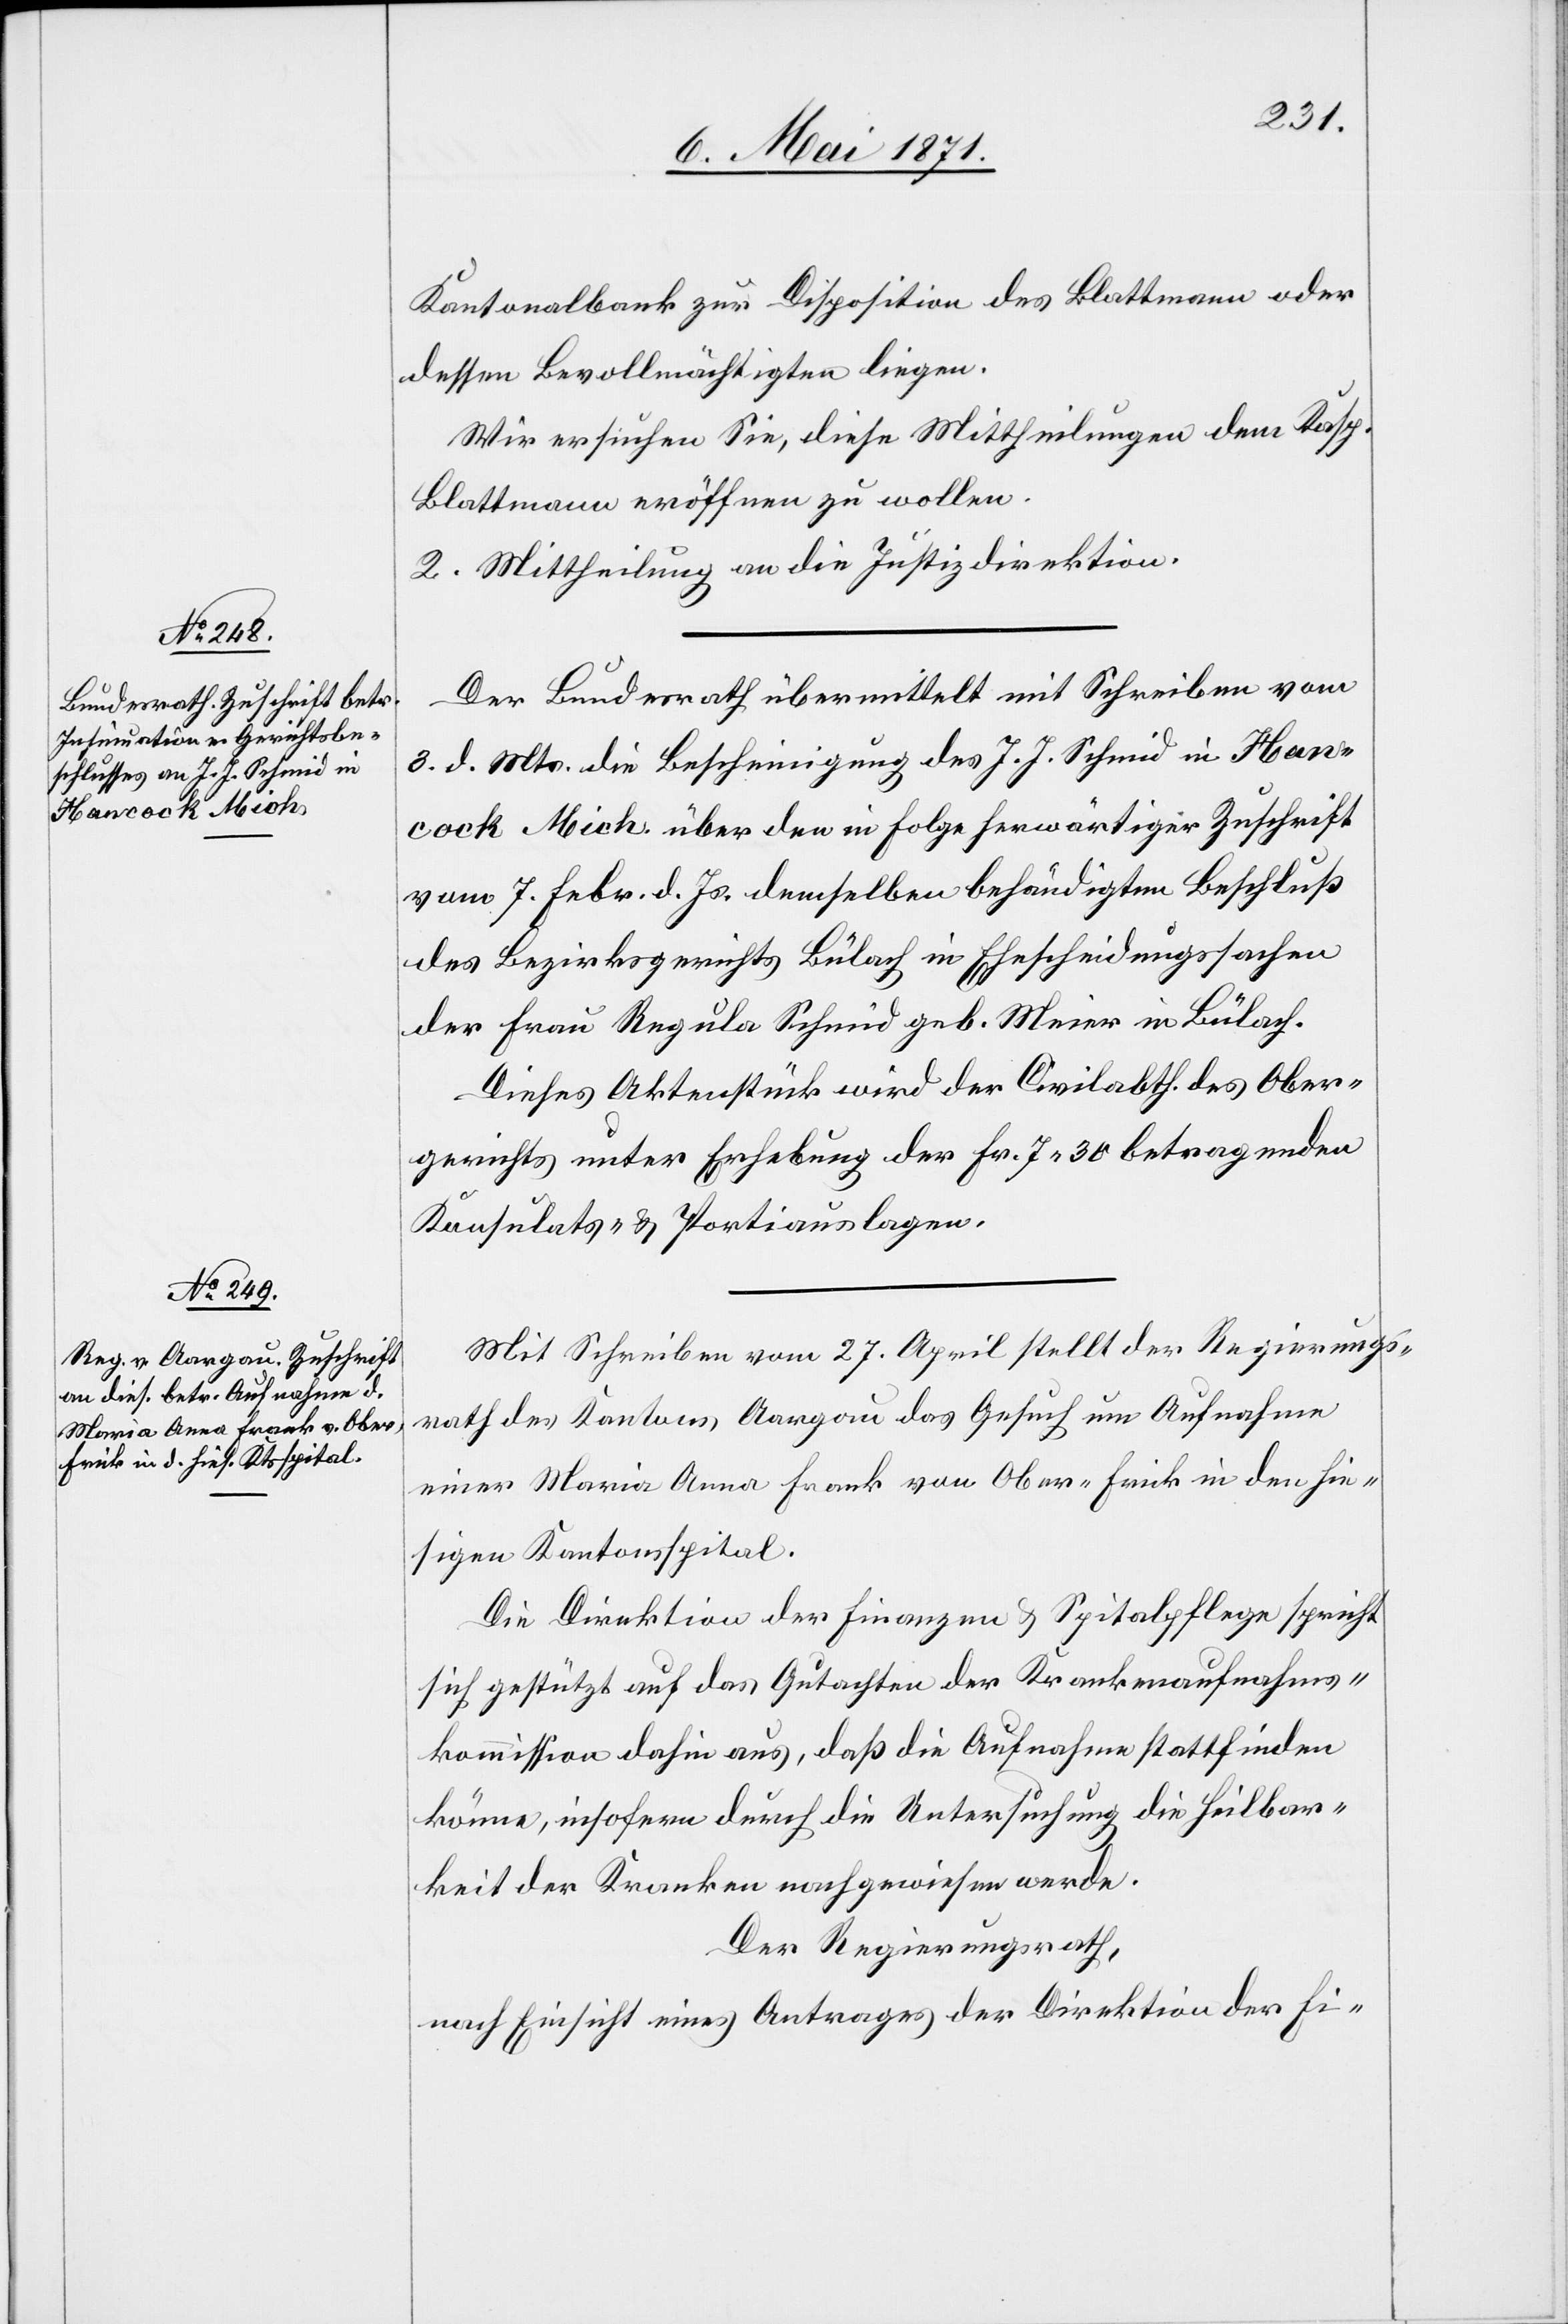
6. Mai 1871.]
Kantonalbank zur Disposition des Blattmann oder
dessen Bevollmächtigten liegen.
Wir ersuchen Sie, diese Mittheilungen dem Kasp.
Blattmann eröffnen zu wollen.
2. Mittheilung an die Justizdirektion.
Der Bundesrath übermittelt mit Schreiben vom
3. d. Mts. die Bescheinigung des J. J. Schmid in Han¬
cock Mich. über den in Folge herwärtiger Zuschrift
vom 7. Febr. d. Js. demselben behändigten Beschluß
des Bezirksgerichts Bülach in Ehescheidungssachen
der Frau Regula Schmid geb. Meier in Bülach.
Dieses Aktenstück wird der Civilabth. des Ober¬
gerichts unter Erhebung der Fr. 7.30 betragenden
Konsulats- u. Portiauslagen
Mit Schreiben vom 27. April stellt der Regierungs¬
rath des Kantons Aargau das Gesuch um Aufnahme
einer Maria Anna Frank von Ober-Frick in den hie¬
sigen Kantonsspital.
Die Direktion der Finanzen u. Spitalpflege spricht
sich gestützt auf das Gutachten der Krankenaufnahms¬
kommission dahin aus, daß die Aufnahme stattfinden
könne, insofern durch die Untersuchung die Heilbar¬
keit der Kranken nachgewiesen werde.
Der Regierungsrath,
nach Einsicht eines Antrages der Direktion der Fi-